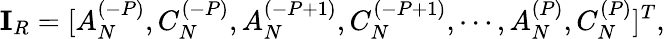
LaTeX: \mathbf{I}_{R}=[A_{N}^{(-P)},C_{N}^{(-P)},A_{N}^{(-P+1)},C_{N}^{(-P+1)},\cdots,A_{N}^{(P)},C_{N}^{(P)}]^{T},